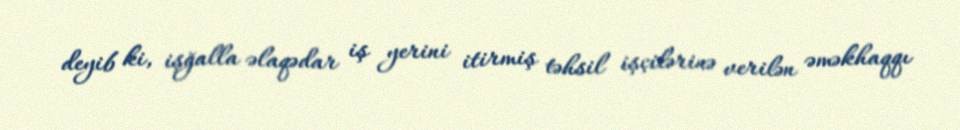
deyib ki, işğalla əlaqədar iş yerini itirmiş təhsil işçilərinə verilən əməkhaqqı